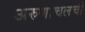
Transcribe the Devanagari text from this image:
अरुणाचलची